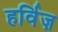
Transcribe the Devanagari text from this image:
हर्विज़